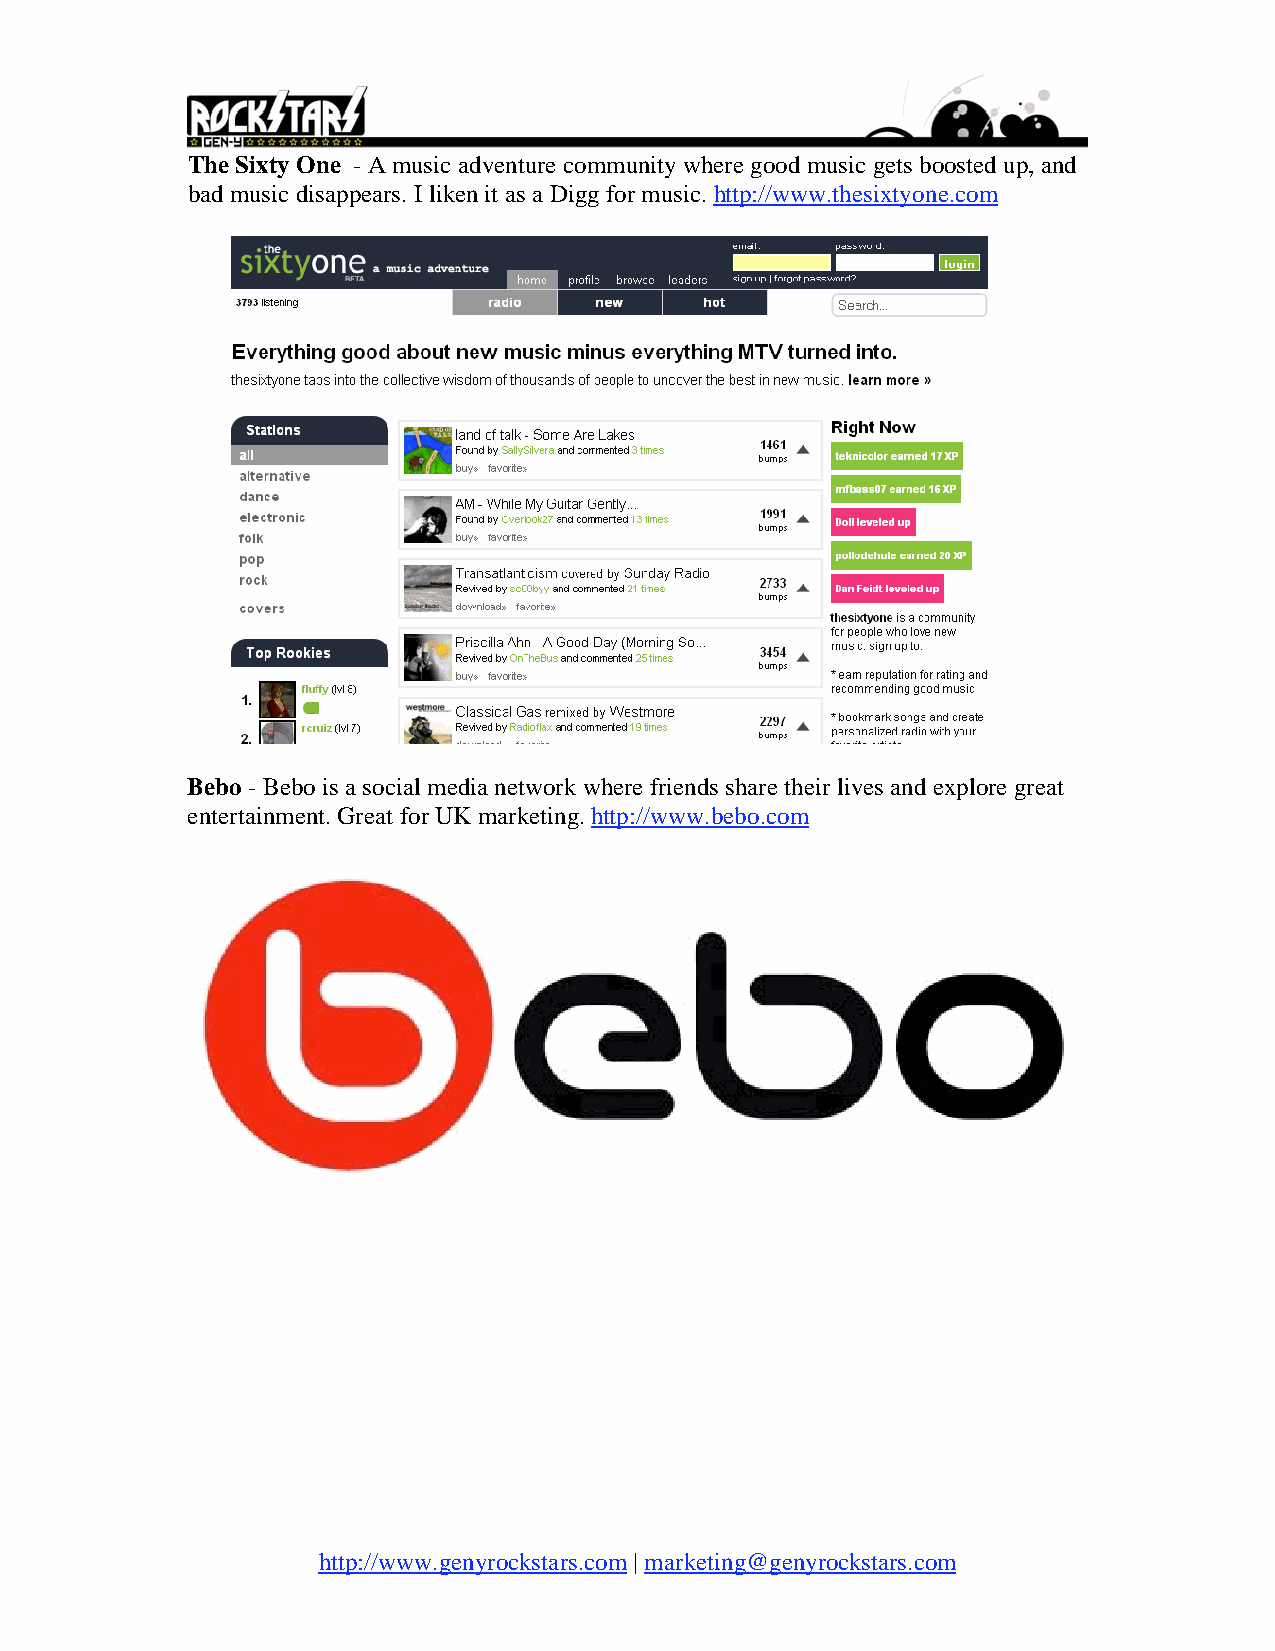
The Sixty One - A music adventure community where good music gets boosted up, and
 bad music disappears. I liken it as a Digg for music. http://www.thesixtyone.com
 Bebo - Bebo is a social media network where friends share their lives and explore great
 entertainment. Great for UK marketing. http://www.bebo.com
 http://www.genyrockstars.com | marketing@genyrockstars.com